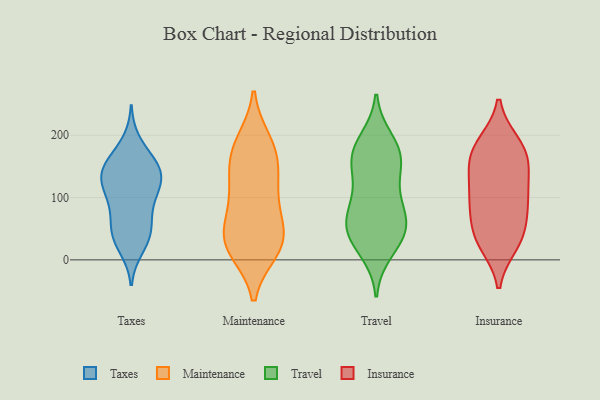
{"axis": {"x": "Waste Production (Tons)", "y": "Value"}, "legend": ["Insurance", "Maintenance", "Taxes", "Travel"], "data": [{"x": "", "y": 116, "type": "Taxes"}, {"x": "", "y": 65, "type": "Taxes"}, {"x": "", "y": 37, "type": "Taxes"}, {"x": "", "y": 144, "type": "Taxes"}, {"x": "", "y": 19, "type": "Taxes"}, {"x": "", "y": 163, "type": "Taxes"}, {"x": "", "y": 153, "type": "Taxes"}, {"x": "", "y": 48, "type": "Taxes"}, {"x": "", "y": 113, "type": "Taxes"}, {"x": "", "y": 49, "type": "Taxes"}, {"x": "", "y": 104, "type": "Taxes"}, {"x": "", "y": 130, "type": "Taxes"}, {"x": "", "y": 139, "type": "Taxes"}, {"x": "", "y": 189, "type": "Taxes"}, {"x": "", "y": 106, "type": "Taxes"}, {"x": "", "y": 30, "type": "Taxes"}, {"x": "", "y": 147, "type": "Taxes"}, {"x": "", "y": 146, "type": "Taxes"}, {"x": "", "y": 80, "type": "Taxes"}, {"x": "", "y": 114, "type": "Maintenance"}, {"x": "", "y": 134, "type": "Maintenance"}, {"x": "", "y": 40, "type": "Maintenance"}, {"x": "", "y": 19, "type": "Maintenance"}, {"x": "", "y": 102, "type": "Maintenance"}, {"x": "", "y": 16, "type": "Maintenance"}, {"x": "", "y": 75, "type": "Maintenance"}, {"x": "", "y": 178, "type": "Maintenance"}, {"x": "", "y": 154, "type": "Maintenance"}, {"x": "", "y": 177, "type": "Maintenance"}, {"x": "", "y": 31, "type": "Maintenance"}, {"x": "", "y": 23, "type": "Maintenance"}, {"x": "", "y": 48, "type": "Maintenance"}, {"x": "", "y": 189, "type": "Maintenance"}, {"x": "", "y": 66, "type": "Travel"}, {"x": "", "y": 34, "type": "Travel"}, {"x": "", "y": 159, "type": "Travel"}, {"x": "", "y": 90, "type": "Travel"}, {"x": "", "y": 192, "type": "Travel"}, {"x": "", "y": 171, "type": "Travel"}, {"x": "", "y": 59, "type": "Travel"}, {"x": "", "y": 146, "type": "Travel"}, {"x": "", "y": 167, "type": "Travel"}, {"x": "", "y": 45, "type": "Travel"}, {"x": "", "y": 89, "type": "Travel"}, {"x": "", "y": 36, "type": "Travel"}, {"x": "", "y": 121, "type": "Travel"}, {"x": "", "y": 178, "type": "Travel"}, {"x": "", "y": 57, "type": "Travel"}, {"x": "", "y": 14, "type": "Travel"}, {"x": "", "y": 186, "type": "Insurance"}, {"x": "", "y": 140, "type": "Insurance"}, {"x": "", "y": 164, "type": "Insurance"}, {"x": "", "y": 187, "type": "Insurance"}, {"x": "", "y": 25, "type": "Insurance"}, {"x": "", "y": 65, "type": "Insurance"}, {"x": "", "y": 43, "type": "Insurance"}, {"x": "", "y": 138, "type": "Insurance"}, {"x": "", "y": 178, "type": "Insurance"}, {"x": "", "y": 98, "type": "Insurance"}, {"x": "", "y": 157, "type": "Insurance"}, {"x": "", "y": 99, "type": "Insurance"}, {"x": "", "y": 87, "type": "Insurance"}, {"x": "", "y": 28, "type": "Insurance"}, {"x": "", "y": 36, "type": "Insurance"}, {"x": "", "y": 101, "type": "Insurance"}]}